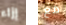
إزاء مع